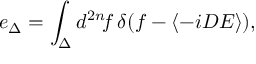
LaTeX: e _ { \Delta } = \int _ { \Delta } d ^ { 2 n } \! f \, \delta ( f - \langle - i D { \cal E } \rangle ) ,